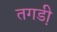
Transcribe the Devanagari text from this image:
तगडी़